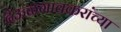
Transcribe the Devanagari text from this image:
देऊळगावकरांच्या